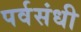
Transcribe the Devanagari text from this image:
पर्वसंधी